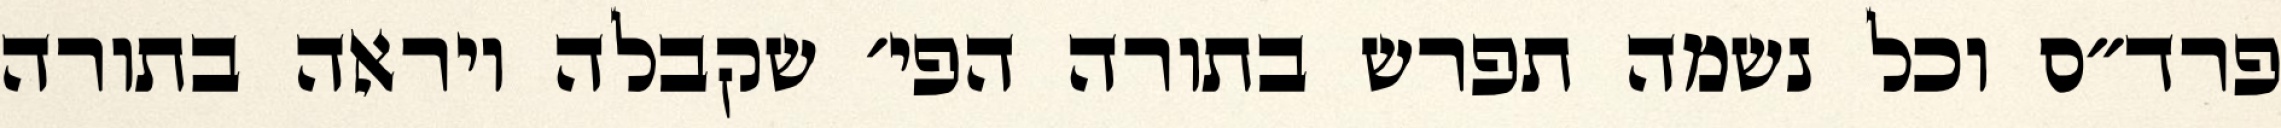
פרד״ס וכל נשמה תפרש בתורה הפי׳ שקבלה ויראה בתורה